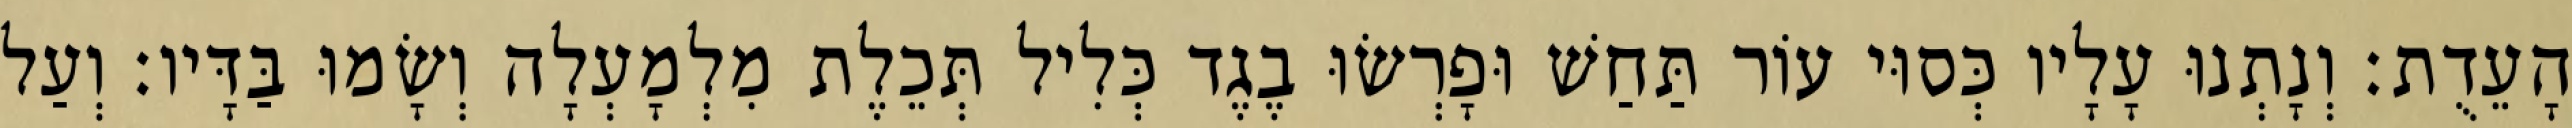
הָעֵדֻת׃ וְנָתְנוּ עָלָיו כְּסוּי עוֹר תַּחַשׁ וּפָרְשׂוּ בֶגֶד כְּלִיל תְּכֵלֶת מִלְמָעְלָה וְשָׂמוּ בַּדָּיו׃ וְעַל